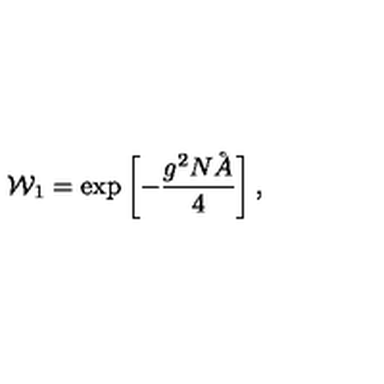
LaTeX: { \cal W } _ { 1 } = \exp \left[ - \frac { g ^ { 2 } N \AA } 4 \right] ,